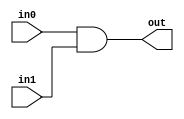
// This program was cloned from: https://github.com/lvyitian/public_personal_files
// License: Creative Commons Zero v1.0 Universal

module TC_And(in0, in1, out);
    parameter UUID = 0;
    parameter NAME = "";
    parameter BIT_WIDTH = 1;
    input [BIT_WIDTH-1:0] in0;
    input [BIT_WIDTH-1:0] in1;
    output [BIT_WIDTH-1:0] out;
    
    assign out = in0 & in1;
endmodule